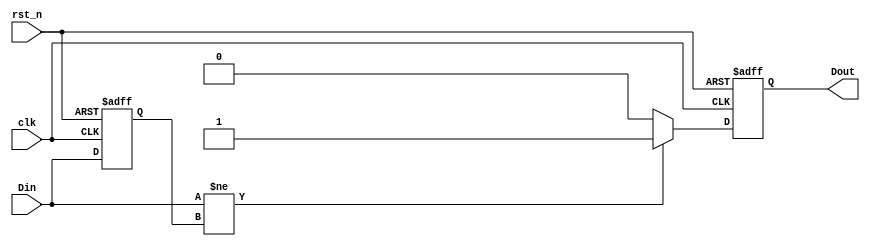
module EdgeDetector (
    input wire clk,        // Clock signal
    input wire rst_n,     // Active low reset signal
    input wire Din,       // Input signal to monitor
    output reg Dout       // Output signal indicating edge detection
);

    // Memory block to store the previous state of the input signal
    reg previous_state;

    // Edge detection logic
    always @(posedge clk or negedge rst_n) begin
        if (!rst_n) begin
            // Initialize memory block to known state (low)
            previous_state <= 1'b0;
            Dout <= 1'b0; // No edge detected on reset
        end else begin
            // Compare current input with previous state
            if (Din != previous_state) begin
                // Edge detected
                Dout <= 1'b1; // Set Dout high when an edge is detected
            end else begin
                // No edge detected
                Dout <= 1'b0; // Set Dout low when no edge is detected
            end
            
            // Update memory block with current input state
            previous_state <= Din;
        end
    end

endmodule